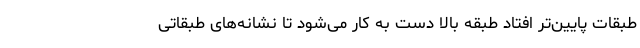
طبقات پایین‌تر افتاد طبقه بالا دست به کار می‌شود تا نشانه‌های طبقاتی